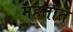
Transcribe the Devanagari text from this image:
महतात